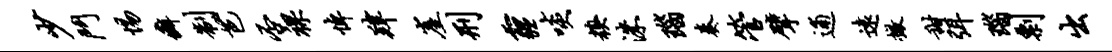
少斗惕癖制芭否裸悼肄崖刑霾啖糗洙瑙奏管擘逋远撤甜弭瑙剽出